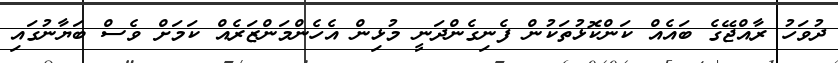
ދުވަހު ރާއްޖޭގެ ބައެއް ކަންކޮޅުތަކުން ފެނިގެންދަނީ މުޅިން އެހެންމަންޒަރެއް ކަމަށް ވެސް ބަޔާނުގައި